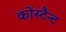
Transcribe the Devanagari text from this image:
कोंस्टैन्ट